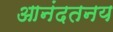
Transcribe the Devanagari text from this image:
आनंदतनय